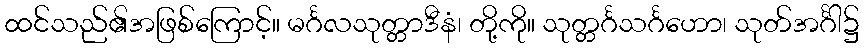
ထင်သည်၏အဖြစ်ကြောင့်။ မင်္ဂလသုတ္တာဒီနံ၊ တို့ကို။ သုတ္တင်္ဂသင်္ဂဟော၊ သုတ်အင်္ဂါ၌